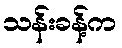
သန်းခန့်က